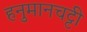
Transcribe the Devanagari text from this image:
हनुमानचट्टी